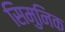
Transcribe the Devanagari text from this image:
सिमुनिक